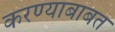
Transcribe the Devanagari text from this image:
करण्‍याबाबत